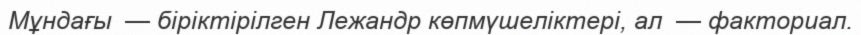
Мұндағы  — біріктірілген Лежандр көпмүшеліктері, ал  — факториал.